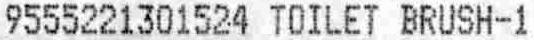
9555221301524 TOILET BRUSH-1